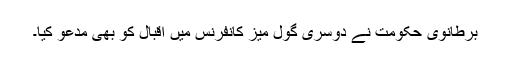
برطانوی حکومت نے دوسری گول میز کانفرنس میں اقبال کو بھی مدعو کیا۔